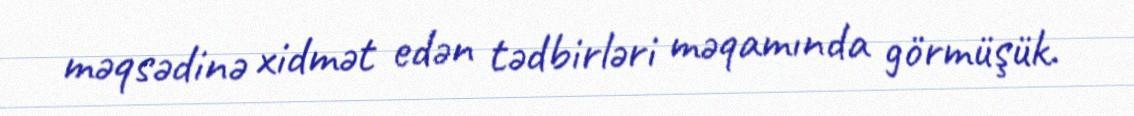
məqsədinə xidmət edən tədbirləri məqamında görmüşük.